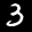
Label: 3